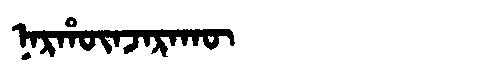
Manchu: ᠨᠠᡵᡥᡡᠨᠵᠠᡵᠠᡴᡡ
Romanization: NARHŪNJARAKŪ